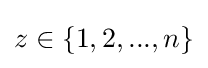
z\in \{1,2,...,n\}